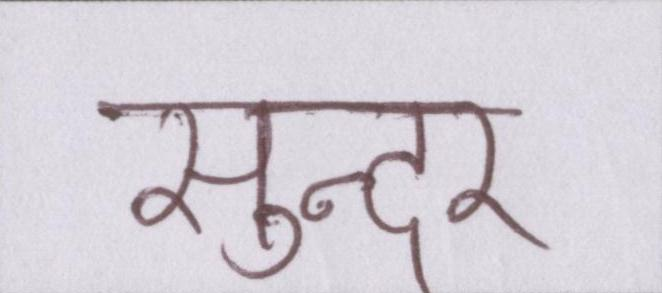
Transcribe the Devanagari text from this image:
सुन्दर्